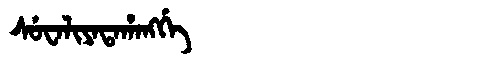
Manchu: ᠰᡠᠸᠠᠯᡳᠶᠠᡨᠠᡥᠠᠩᡤᡝ
Romanization: SUWALIYATAHANGGE